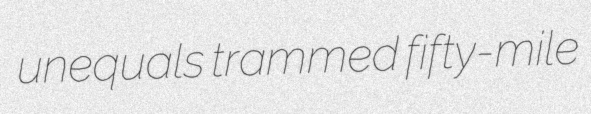
unequals trammed fifty-mile